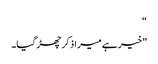
“
”خیر ہے میرا ذکر چھڑ گیا۔